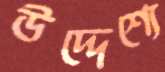
উদ্দেশ্যে